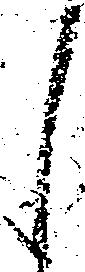
々